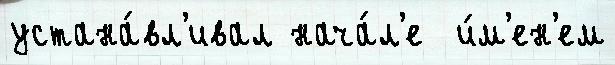
устана́вл'ивал нача́л'е  и́м'ен'ем